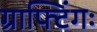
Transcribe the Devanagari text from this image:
ग्राफ्टिंगः